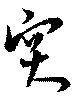
突